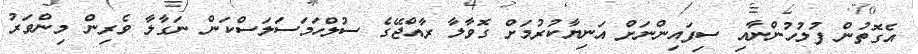
އެގޮތުން ފުލުހުންނާއި ސިފައިންނަށް އަނިޔާކުރުމަށް ގޮވާލާ ރާއްޖޭގެ ސުލްހަމަސަލަސްކަން ނަގާލާ ވެރިން މިންވަރު